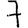
Digit: 7